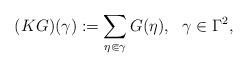
LaTeX: \begin{align*} (KG)(\gamma) := \sum \limits_{\eta \Subset \gamma}G(\eta),\ \ \gamma \in \Gamma^2,\end{align*}